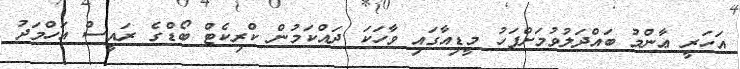
އަހަރީ ޢާންމު ބައްދަލުވުމަށްފަހު މީޑިއާގައި ވާހަކަ ދައްކަމުން ކްރިކެޓް ބޯޑްގެ ރައީސް އަހްމަދު